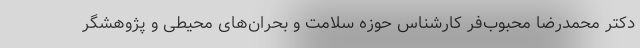
دکتر محمدرضا محبوب‌فر کارشناس حوزه سلامت و بحران‌های محیطی و پژوهشگر